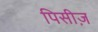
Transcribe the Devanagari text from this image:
पिसीज़